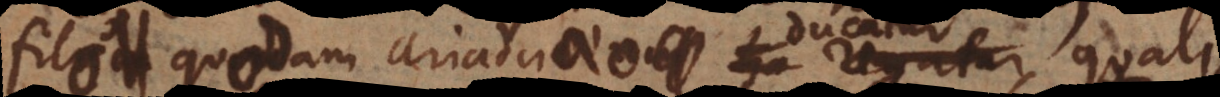
filo quodam Ariadnaeo ducatur, quali